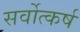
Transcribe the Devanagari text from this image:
सर्वोत्कर्ष